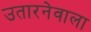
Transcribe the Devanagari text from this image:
उतारनेवाला